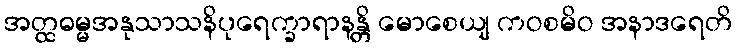
အတ္ထဓမ္မအနုသာသနိပုရေက္ခာရာနန္တိ မောစေယျ ကဝစမိဝ အနာဒရေတိ